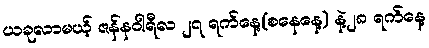
ယခုလာမယ့် ဇန်နဝါရီလ ၂၇ ရက်နေ့(စနေနေ့) နဲ့၂၈ ရက်နေ့